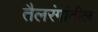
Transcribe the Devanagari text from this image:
तैलरंगांतील